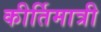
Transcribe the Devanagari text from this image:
कीर्तिमात्री